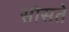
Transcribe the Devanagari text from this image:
सोसते